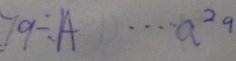
7 9 \div A \cdots a ^ { 2 9 }